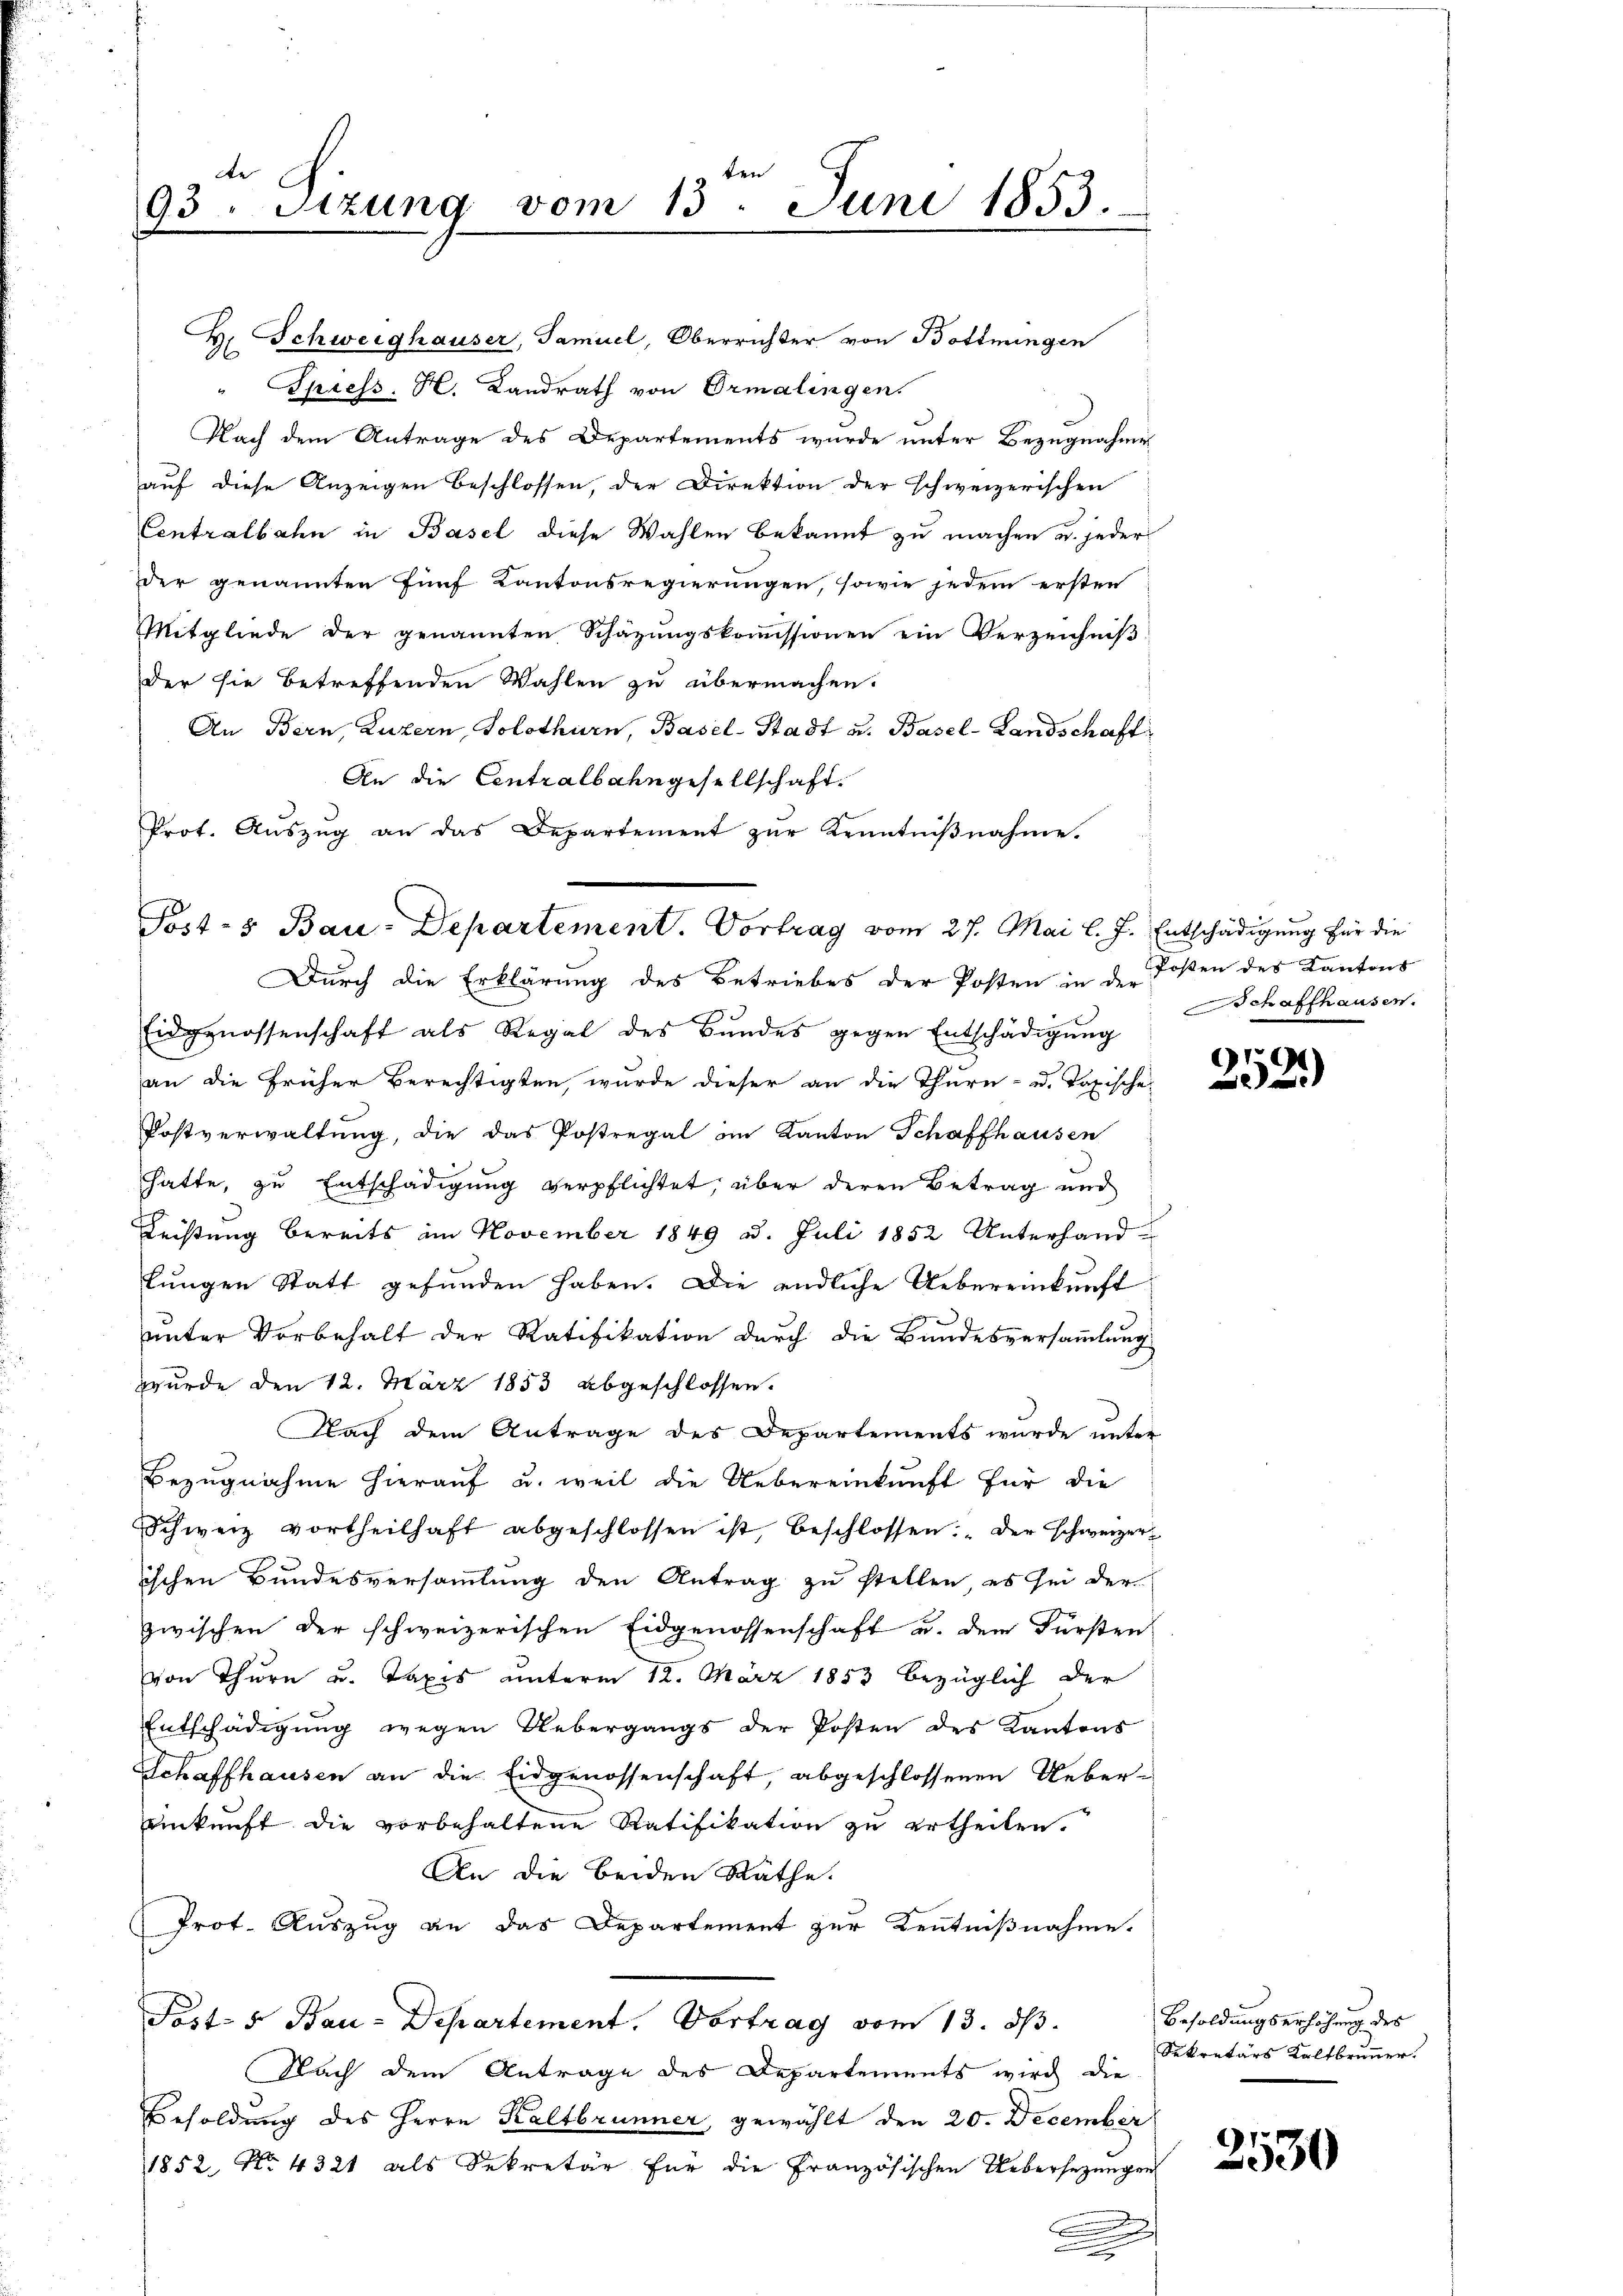
ten
de
93. Sitzung vom 13. Juni 1853.

V. Schweighauser, Samuel, Oberrichter von Bottmingen
2
" Spiess. H. Landrath von Ormalingen.
Nach dem Antrage des Departements wurde unter Bezugnahme
auf diese Anzeigen beschlossen, der Direktion der schweizerischen
Centralbahn in Basel diese Wahlen bekannt zu machen u. jeder
der genannten fünf Kantonsregierungen, sowie jedem ersten
Mitgliede der genannten Schazungskommissionen ein Verzeichniß
Der sie betreffenden Wahlen zu übermachen.
An Bern, Luzern, Solothurn, Basel-Stadt u. Basel-Landschaft
An die Centralbahngesellschaft.
Prot. Auszug an das Departement zur Kenntnißnahme.
Durch die Erklärung des Betriebes der Posten in der Poßen des Kantons
Eidgenossenschaft als Regal des Bŭndes gegen Entschädigŭng
an die früher Berechtigten, wurde dieser an die Thurn- u. Taxische
Postverwaltŭng, die das Postregal im Kanton Schaffhausen
hatte, zu Entschädigung verpflichtet, über deren Betrag und
Leistung bereits im November 1849 ad. Juli 1852 Unterhand-
lungen Statt gefunden haben. Die endliche Uebereinkunft
unter Vorbehalt der Ratifikation durch die Bundesversammlung
wurde den 12. März 1853 abgeschlossen.
Nach dem Antrage des Departements wurde unter
Bezugnahme hierauf u. weil die Uebereinkunft für die
Schweiz vortheilhaft abgeschlossen ist, beschlossen: „Der schweizerischen Bundesversammlung den Antrag zu stellen, es sei der
zwischen der schweizerischen Eidgenossenschaft u. dem Fürsten
von Thurn u. Taxis unterm 12. März 1853 bezüglich der
Entschädigung wegen Uebergangs der Posten des Kantons
Schaffhausen an die Eidgenossenschaft, abgeschlossenen Uebereinkunft die vorbehaltene Ratifikation zu ertheilen.
An die beiden Räthe.
Prot. Auszug an das Departement zur Kenntnißnahme.
Post- & Bau-Departement. Vortrag vom 13. d.
Nach dem Antrage des Departements wird die
Besoldung des Herrn Kaltbrunner, gewählt den 20. December
1852, No. 4321 als Sekretär für die Französischen Uebersezungen
h

Post- & Bau-Departement. Vortrag vom 27. Mai l. J. Entschädigung für die

.

Schaffhausen.

g
d

Besoldungserhöhung des
Sekretärs Kaltbrunner

2530